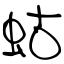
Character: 蛄